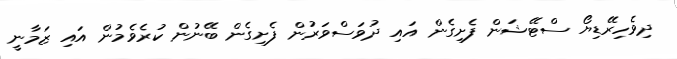
ދިވެހިރޭޑިޔޯ ސްޓޭޝަން ފެށިގެން އައި ދުވަސްވަރުން ފެށިގެން ބޭނުން ކުރެވެމުން އައި ޒަމާނީ